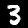
Digit: 3